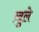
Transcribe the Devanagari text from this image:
ख़ुले